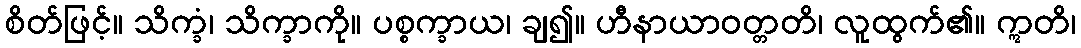
စိတ်ဖြင့်။ သိက္ခံ၊ သိက္ခာကို။ ပစ္စက္ခာယ၊ ချ၍။ ဟီနာယာဝတ္တတိ၊ လူထွက်၏။ ဣတိ၊